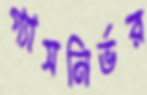
গ্যাসনির্ভর